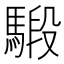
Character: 𩤣